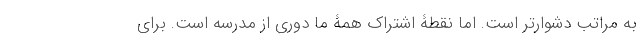
به مراتب دشوارتر است. اما نقطۀ اشتراک همۀ ما دوری از مدرسه است. برای